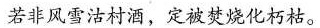
若非风雪沽村酒，定被焚烧化朽枯。